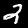
Digit: 2